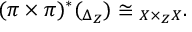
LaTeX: ( \pi \times \pi ) ^ { * } ( \O _ { \Delta _ { Z } } ) \cong \O _ { X \times _ { Z } X } .